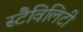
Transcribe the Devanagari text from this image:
स्टैविलिटी